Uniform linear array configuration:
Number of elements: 8
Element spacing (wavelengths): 0.75
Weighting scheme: blackman
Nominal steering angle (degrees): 60
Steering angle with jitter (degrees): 58.675
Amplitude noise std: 0.05
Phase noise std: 0.05

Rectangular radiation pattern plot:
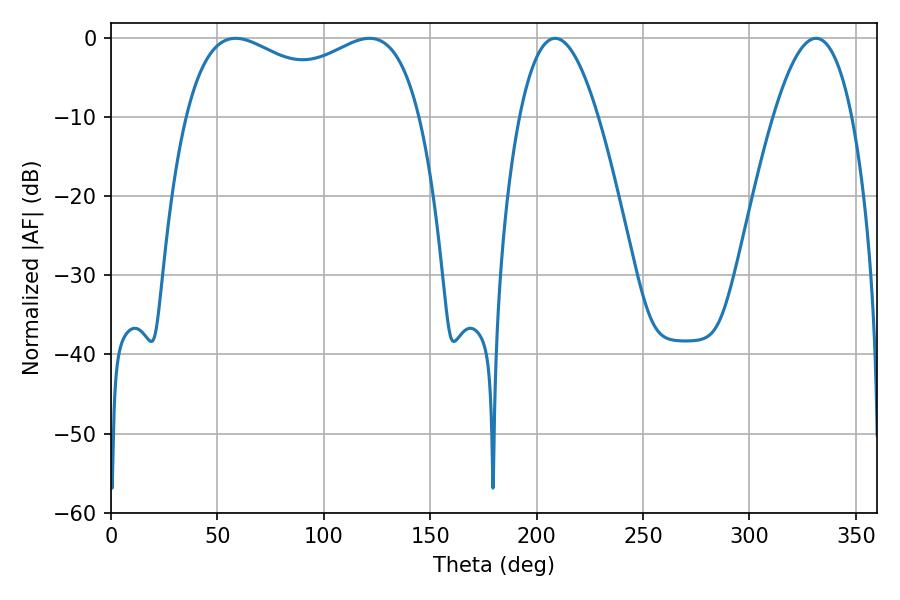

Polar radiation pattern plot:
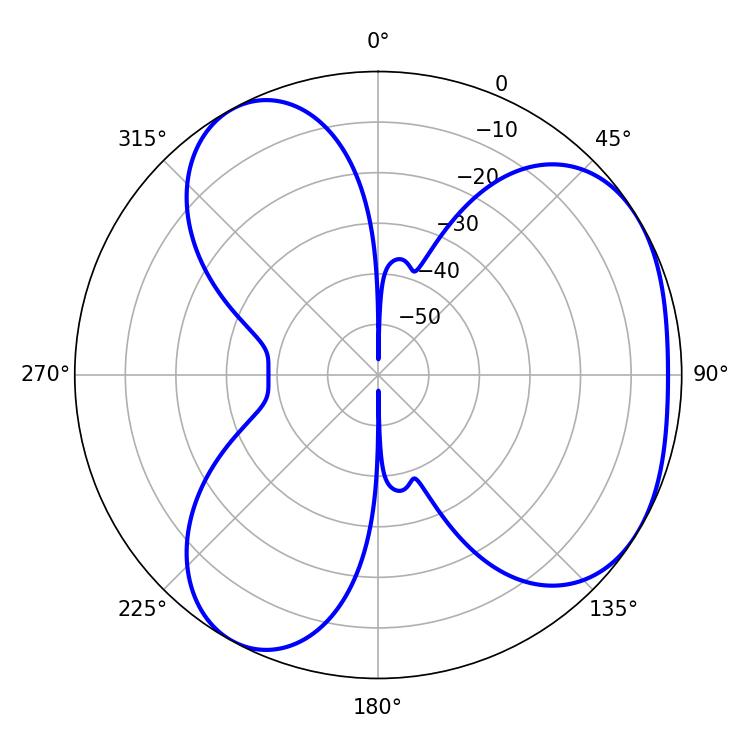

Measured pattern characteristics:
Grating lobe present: TRUE
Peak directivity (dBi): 4.12
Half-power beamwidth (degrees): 91.44
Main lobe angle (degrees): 121.5